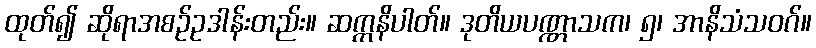
ထုတ်၍ ဆိုရာအစဉ်ဥဒါန်းတည်း။ ဆက္ကနိပါတ်။ ဒုတိယပဏ္ဏာသက၊ ၅၊ အာနိသံသဝဂ်။